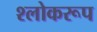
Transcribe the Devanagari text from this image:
श्लोकरूप